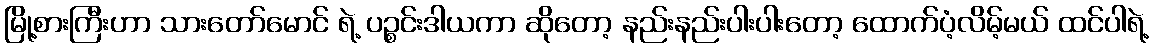
မြို့စားကြီးဟာ သားတော်မောင် ရဲ့ ပဉ္စင်းဒါယကာ ဆိုတော့ နည်းနည်းပါးပါးတော့ ထောက်ပံ့လိမ့်မယ် ထင်ပါရဲ့